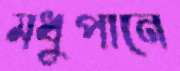
মধুপানে